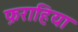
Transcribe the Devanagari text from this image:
फ़राहिया